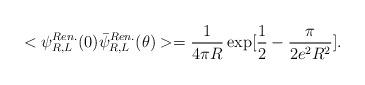
LaTeX: \begin{align*}<\psi^{Ren.}_{R,L}(0)\bar{\psi}^{Ren.}_{R,L}(\theta)>={1\over 4\pi R}\exp[{1\over 2}-{\pi\over 2 e^2 R^2}].\end{align*}